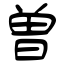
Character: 曽